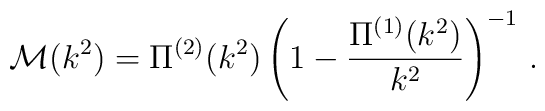
\mathcal{M}(k^{2}) = \Pi^{(2)}(k^{2})		 \left( 1 - \frac{\Pi^{(1)}(k^{2})}{k^{2}} \right)^{-1} \, .